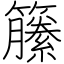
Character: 籘